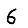
Digit: 6